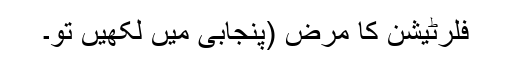
فلرٹیشن کا مرض (پنجابی میں لکھیں تو۔